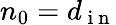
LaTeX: n_{0}=d_{\mathrm{~i~n~}}